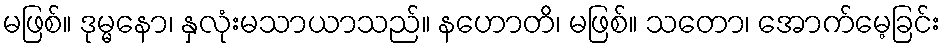
မဖြစ်။ ဒုမ္မနော၊ နှလုံးမသာယာသည်။ နဟောတိ၊ မဖြစ်။ သတော၊ အောက်မေ့ခြင်း